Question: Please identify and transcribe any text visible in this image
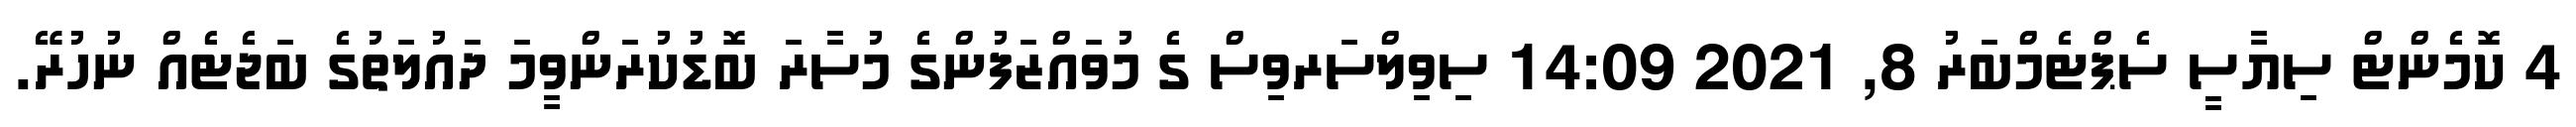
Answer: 4 ކޮމެންޓް ސިޔާސީ ސެޕްޓެމްބަރު 8, 2021 14:09 ސިވިލްސަރވިސް ގެ މުވައްޒަފުންގެ މުސާރަ ބޮޑުކުރަންވީމަ ދައުލަތުގެ ބަޖެޓެއް ނުހުރޭ.